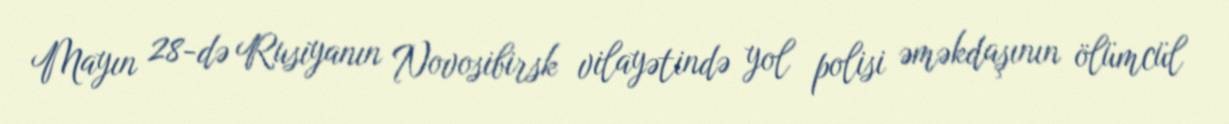
Mayın 28-də Rusiyanın Novosibirsk vilayətində yol polisi əməkdaşının ölümcül